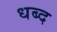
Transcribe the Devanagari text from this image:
धब्द